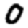
Digit: 0